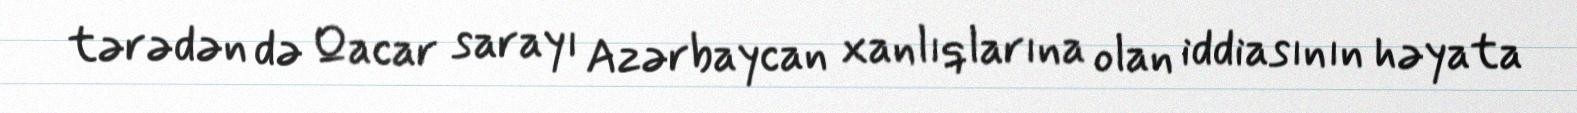
tərədən də Qacar sarayı Azərbaycan xanlıqlarına olan iddiasının həyata